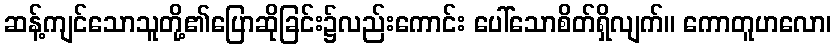
ဆန့်ကျင်သောသူတို့၏ပြောဆိုခြင်း၌လည်းကောင်း ပေါ်သောစိတ်ရှိလျက်။ ကောတူဟလော၊